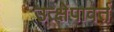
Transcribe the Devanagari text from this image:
उत्क्षेपावर्त